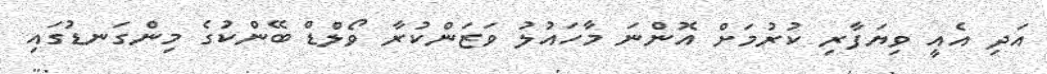
އަދި އެއީ ވިޔަފާރި ކުރުމަށް އޮންނަ މާހައުލު ވަޒަންކުރާ ވޯލްޑް ބޭންކުގެ މިންގަނޑުގައި